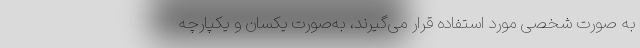
به ‌صورت شخصی مورد استفاده قرار می‌گیرند، به‌صورت یکسان و یکپارچه